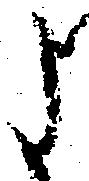
よ